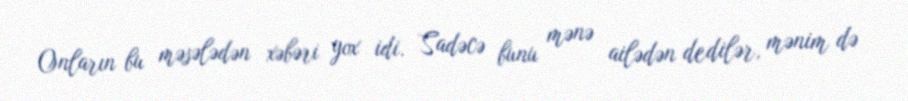
Onların bu məsələdən xəbəri yox idi. Sadəcə bunu mənə ailədən dedilər, mənim də